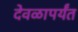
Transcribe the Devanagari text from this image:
देवळापर्यंत